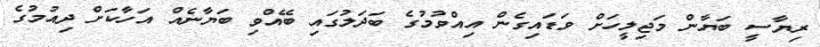
ރިޔާސީ ބަޔާން މަޖިލީހަށް ވަޑައިގެން އިއްވުމުގެ ބަދަލުގައި ބޭއްވި ބަޔާނެއް އަހާކަށް ދިއުމުގެ